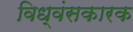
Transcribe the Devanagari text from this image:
विध्वंसकारक